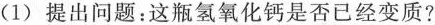
(1)提出问题：这瓶氢氧化钙是否已经变质?